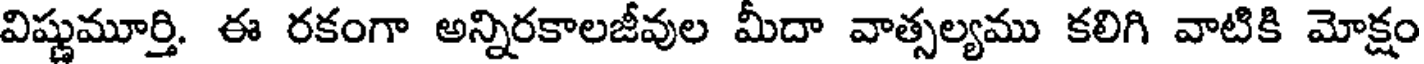
విష్ణుమూర్తి. ఈ రకంగా అన్నిరకాలజీవుల మీదా వాత్సల్యము కలిగి వాటికి మోక్షం